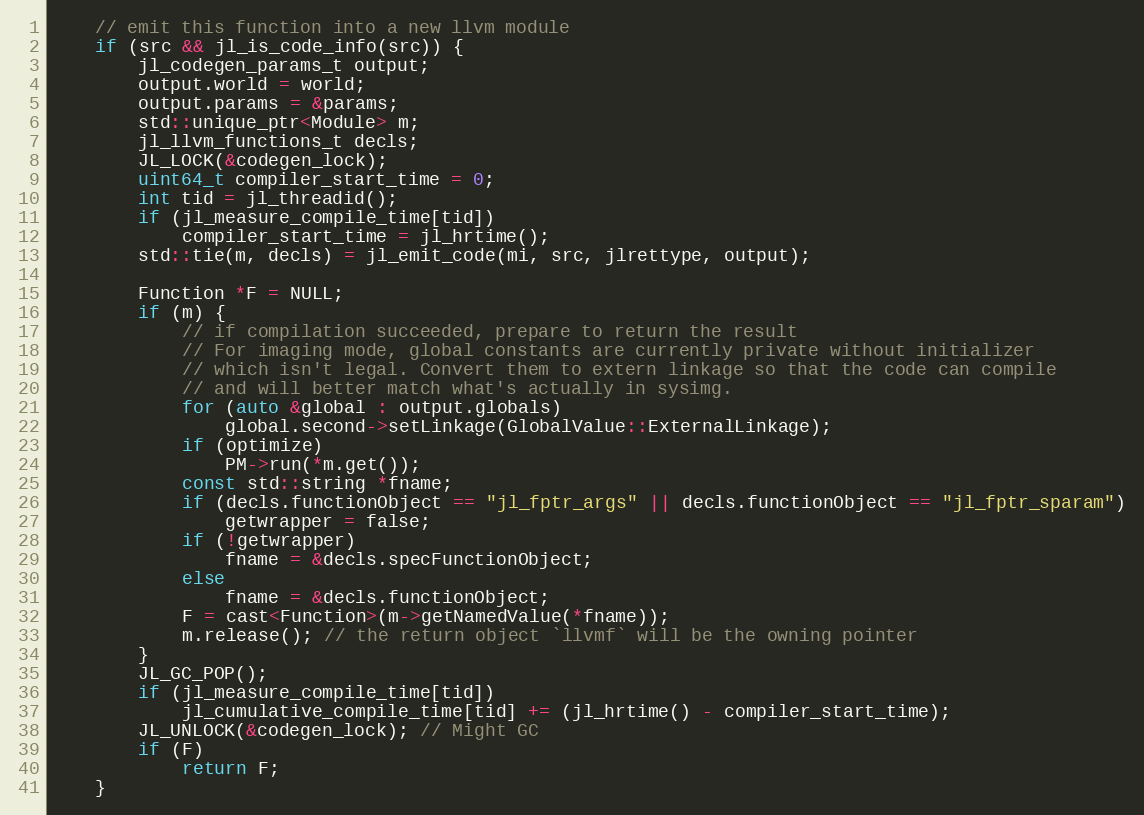
Language: C++
    // emit this function into a new llvm module
    if (src && jl_is_code_info(src)) {
        jl_codegen_params_t output;
        output.world = world;
        output.params = &params;
        std::unique_ptr<Module> m;
        jl_llvm_functions_t decls;
        JL_LOCK(&codegen_lock);
        uint64_t compiler_start_time = 0;
        int tid = jl_threadid();
        if (jl_measure_compile_time[tid])
            compiler_start_time = jl_hrtime();
        std::tie(m, decls) = jl_emit_code(mi, src, jlrettype, output);

        Function *F = NULL;
        if (m) {
            // if compilation succeeded, prepare to return the result
            // For imaging mode, global constants are currently private without initializer
            // which isn't legal. Convert them to extern linkage so that the code can compile
            // and will better match what's actually in sysimg.
            for (auto &global : output.globals)
                global.second->setLinkage(GlobalValue::ExternalLinkage);
            if (optimize)
                PM->run(*m.get());
            const std::string *fname;
            if (decls.functionObject == "jl_fptr_args" || decls.functionObject == "jl_fptr_sparam")
                getwrapper = false;
            if (!getwrapper)
                fname = &decls.specFunctionObject;
            else
                fname = &decls.functionObject;
            F = cast<Function>(m->getNamedValue(*fname));
            m.release(); // the return object `llvmf` will be the owning pointer
        }
        JL_GC_POP();
        if (jl_measure_compile_time[tid])
            jl_cumulative_compile_time[tid] += (jl_hrtime() - compiler_start_time);
        JL_UNLOCK(&codegen_lock); // Might GC
        if (F)
            return F;
    }